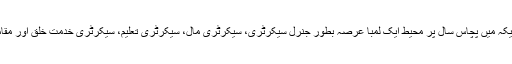
اسی طرح مرحومہ کو لجنہ اماء اللہ امریکہ میں پچاس سال پر محیط ایک لمبا عرصہ بطور جنرل سیکرٹری، سیکرٹری مال، سیکرٹری تعلیم، سیکرٹری خدمت خلق اور مقامی صدر لجنہ کی خدمت کی توفیق ملی۔